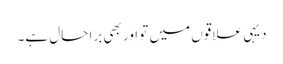
دیہی علاقوں میں تو اور بھی برا حال ہے۔